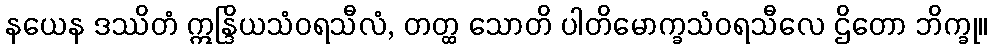
နယေန ဒဿိတံ ဣန္ဒြိယသံဝရသီလံ, တတ္ထ သောတိ ပါတိမောက္ခသံဝရသီလေ ဌိတော ဘိက္ခု။